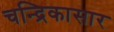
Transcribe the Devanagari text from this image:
चन्द्रिकासार